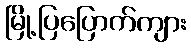
မြို့ပြပြောက်ကျား